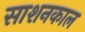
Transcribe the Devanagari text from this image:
साशनकाल